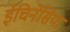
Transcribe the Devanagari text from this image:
ईचिनेसिया